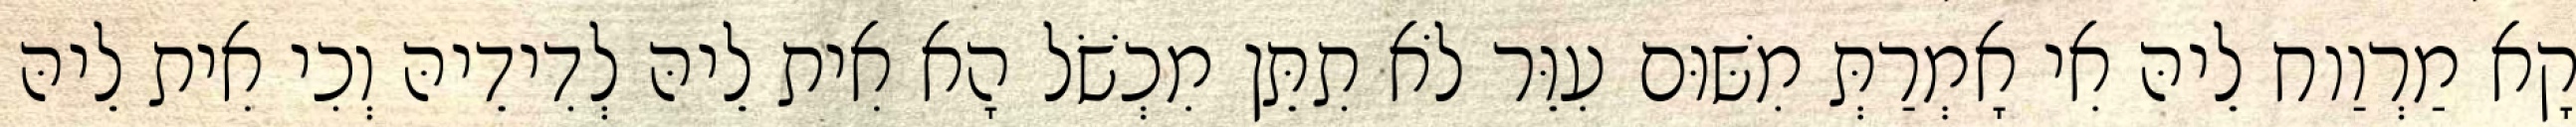
קָא מַרְוַוח לֵיהּ אִי אָמְרַתְּ מִשּׁוּם עִוֵּר לֹא תִתֵּן מִכְשֹׁל הָא אִית לֵיהּ לְדִידֵיהּ וְכִי אִית לֵיהּ